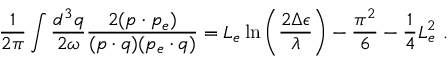
\frac { 1 } { 2 \pi } \int \frac { d ^ { 3 } q } { 2 \omega } \frac { 2 ( p \cdot p _ { e } ) } { ( p \cdot q ) ( p _ { e } \cdot q ) } = L _ { e } \ln \left( \frac { 2 \Delta \epsilon } { \lambda } \right) - \frac { \pi ^ { 2 } } { 6 } - \frac { 1 } { 4 } L _ { e } ^ { 2 } \ .